Annual report of the Madras Medical College
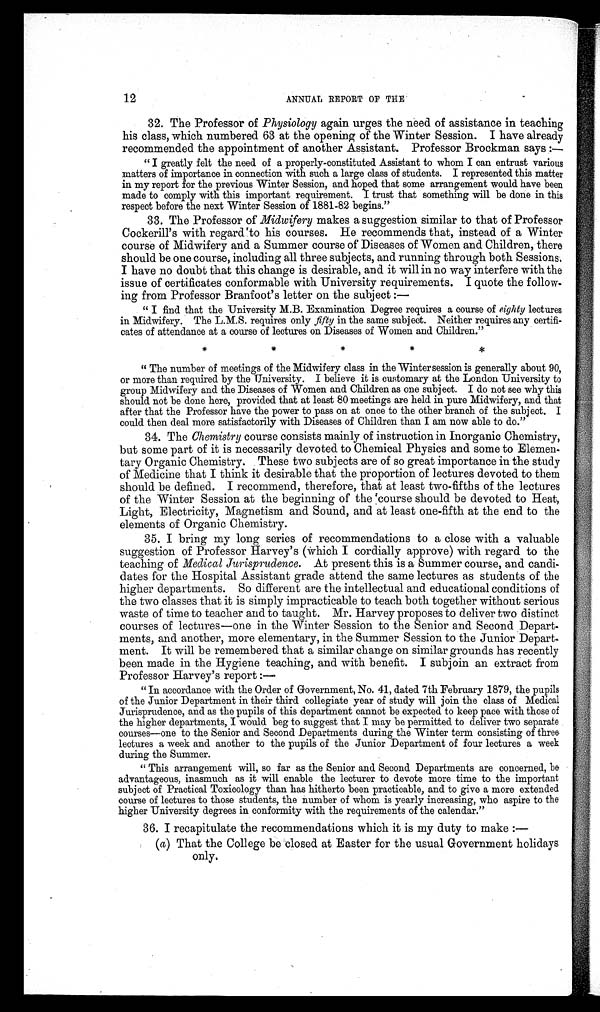
12
ANNUAL REPORT OF THE
32. The Professor of Physiology again urges the need of assistance in teaching
his class, which numbered 63 at the opening of the Winter Session. I have already
recommended the appointment of another Assistant. Professor Brockman says :
—
"I greatly felt the need of a properly-constituted Assistant to whom I can entrust various
matters of importance in connection with such a large class of students. I represented this matter
in my report for the previous Winter Session, and hoped that some arrangement would have been
made to comply with this important requirement. I trust that something will be done in this
respect before the next Winter Session of 1881-82 begins."
33.
The Professor of Midwifery makes a suggestion similar to that of Professor
Cockerill's with regard 'to his courses. He recommends that, instead of a Winter
course of Midwifery and a Summer course of Diseases of Women and Children, there
should be one course, including all three subjects, and running through both Sessions.
I have no doubt that this change is desirable, and it will in no way interfere with the
issue of certificates conformable with University requirements. I quote the follow
ing from Professor Branfoot's letter on the subject :
—
" I find that the University M.B. Examination Degree requires a course of eighty lectures
in Midwifery. The L.M.S. requires only fifty in the same subject. Neither requires any certifi
cates of attendance at a course of lectures on Diseases of Women and Children."
* * * * *
" The number of meetings of the Midwifery class in the Winter session is generally about 90,
or more than required by the University. I believe it is customary at the London University to
group Midwifery and the Diseases of Women and Children as one subject. I do not see why this
should not be done here, provided that at least 80 meetings are held in pure Midwifery, and that
after that the Professor have the power to pass on at once to the other branch of the subject. I
could then deal more satisfactorily with Diseases of Children than I am now able to do."
34.
The Chemistry course consists mainly of instruction in Inorganic Chemistry,
but some part of it is necessarily devoted to Chemical Physics and some to Elemen-
tary Organic Chemistry. These two subjects are of so great importance in the study
of Medicine that I think it desirable that the proportion of lectures devoted to them
should be defined. I recommend, therefore, that at least two-fifths of the lectures
of the Winter Session at the beginning of the coursed should be devoted to Heat,
Light, Electricity, Magnetism and Sound, and at least one-fifth at the end to the
elements of Organic Chemistry.
35.
I bring my long series of recommendations to a close with a valuable
suggestion of Professor Harvey's (Which I cordially approve) with regard to the
teaching of Medical Jurisprudence. At present this is a Summer course, and
candidates for the Hospital Assistant grade attend the same lectures as students of the
higher departments. So different are the intellectual and educational conditions of
the two classes that it is simply impracticable to teach both together without serious
waste of time to teacher and to taught. Mr. Harvey proposes to deliver two distinct
courses of lectures—one in the Winter Session to the Senior and Second Depart-
ments, and another, more elementary, in the Summer Session to the Junior Depart.
went. It will be remembered that a similar change on similar grounds has recently
been made in the Hygiene teaching, and with benefit. I subjoin an extract from
Professor Harvey's report :
—
"In accordance with the Order of Government, No. 41, dated 7th February 1879, the pupils
of the Junior Department in their third collegiate year of study will join the class of Medical
Jurisprudence, and as the pupils of this department cannot be expected to keep pace with those of
the higher departments, I would beg to suggest that I may be permitted to deliver two separate
courses—one to the Senior and Second Departments during the Winter term consisting of three
lectures a week and another to the pupils of the Junior Department of four lectures a week
during the Summer.
"This arrangement will, so far as the Senior and Second Departments are concerned, be
advantageous, inasmuch as it will enable the lecturer to devote more time to the important
subject of Practical Toxicology than has hitherto been practicable, and to give a more extended
course of lectures to those students, the number of whom is yearly increasing, who aspire to the
higher University degrees in conformity with the requirements of the calendar."
36.
I recapitulate the recommendations which it is my duty to make :-
(a) That the College be closed at Easter for the usual Government holidays
only.